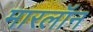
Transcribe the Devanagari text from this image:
मारलॉन